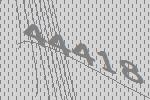
44418